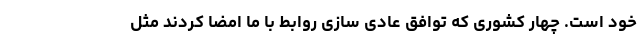
خود است. چهار کشوری که توافق عادی سازی روابط با ما امضا کردند مثل